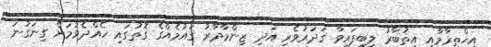
އިޙްތިރާމާއި އިތުބާރު ލިބިފައިވާ ޤަދަރުވެރި އަދި ޒިންމާދާރު ޤައުމެއްގެ ގޮތުގައި ހެއްދެވުމަށް ގިނަގުނަ